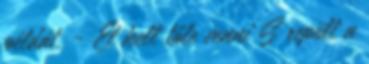
példát. - El kell tőle venni S repült a